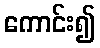
ကောင်း၍